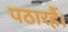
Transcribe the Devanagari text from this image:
पठारहैं।